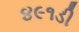
૪૯૧ડી